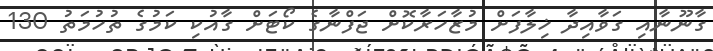
ގާނޫނާއި ގަވާއިދާ ޚިލާފަށް މުޒާހަރާކޮށް ޖަފްނާގެ ކޯޓަށް ގާއުކި ކަމުގެ ތުހުމަތު 130